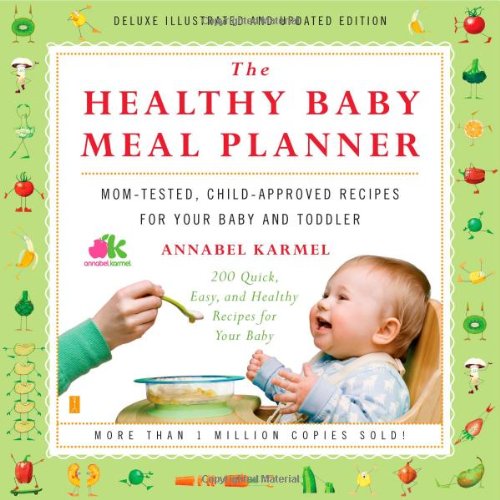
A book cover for The Healthy Baby Meal Planner: Mom-Tested, Child-Approved Recipes for Your Baby and Toddler; Annabel Karmel; Cookbooks, Food & Wine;